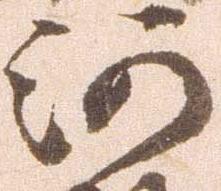
河